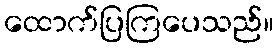
ထောက်ပြကြပေသည်။